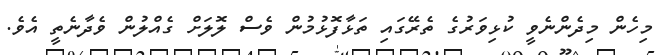
މިހެން މިދެންނެވީ ކުޅިވަރުގެ ތެރޭގައި ތަޅާފޮޅުމުން ވެސް ލޮލަށް ގެއްލުން ވެދާނެތީ އެވެ.